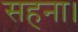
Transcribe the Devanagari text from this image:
सहना।